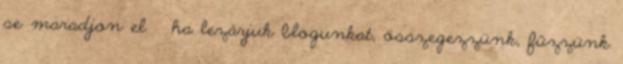
se maradjon el ha lezárjuk blogunkat, összegezzünk, fűzzünk